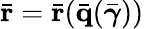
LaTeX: \bar{\mathbf r}=\bar{\mathbf r}(\bar{\mathbf q}(\bar{\boldsymbol{\gamma}}))